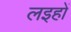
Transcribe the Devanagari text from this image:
लइहों